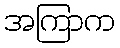
အကြာက